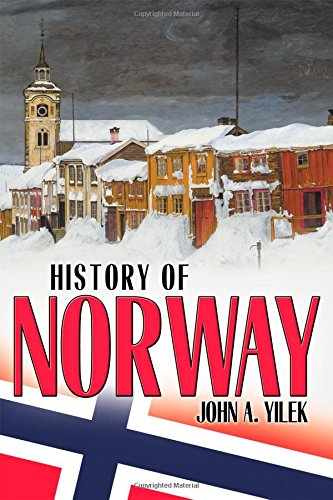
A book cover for History of Norway; John A. Yilek; History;